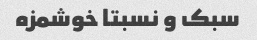
سبک و نسبتا خوشمزه